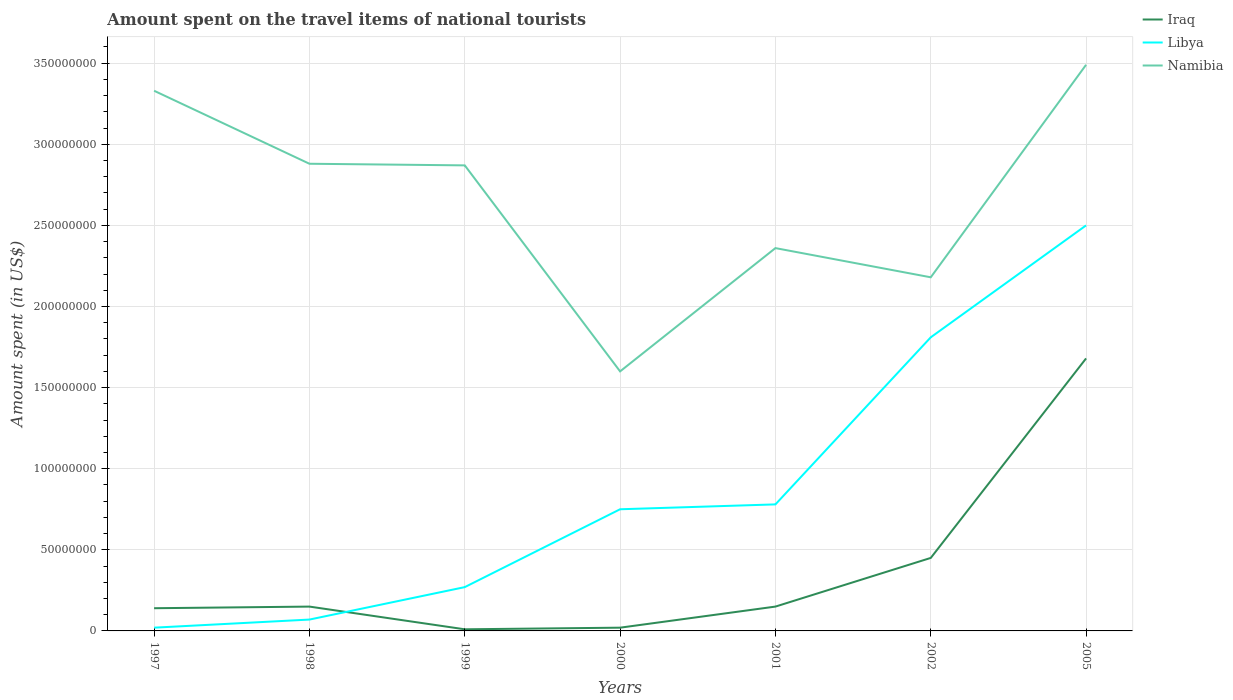
| Years | Iraq | Libya | Namibia |
 | --- | --- | --- | --- |
 | 1997 | 1.4e+07 | 2e+06 | 3.33e+08 |
 | 1998 | 1.5e+07 | 7e+06 | 2.88e+08 |
 | 1999 | 1e+06 | 2.7e+07 | 2.87e+08 |
 | 2000 | 2e+06 | 7.5e+07 | 1.6e+08 |
 | 2001 | 1.5e+07 | 7.8e+07 | 2.36e+08 |
 | 2002 | 4.5e+07 | 1.81e+08 | 2.18e+08 |
 | 2005 | 1.68e+08 | 2.5e+08 | 3.49e+08 |